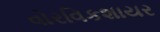
વોરવિકશાયર